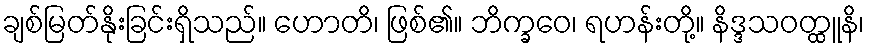
ချစ်မြတ်နိုးခြင်းရှိသည်။ ဟောတိ၊ ဖြစ်၏။ ဘိက္ခဝေ၊ ရဟန်းတို့။ နိဒ္ဒသဝတ္ထူနိ၊